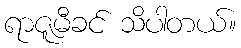
ရာဇူမီခင် သိပါတယ်။